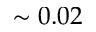
\sim 0 . 0 2